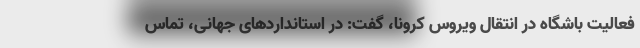
فعالیت باشگاه در انتقال ویروس کرونا، گفت: در استانداردهای جهانی، تماس